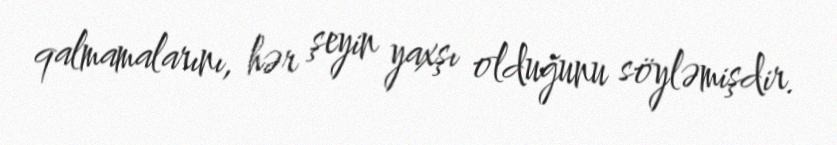
qalmamalarını, hər şeyin yaxşı olduğunu söyləmişdir.